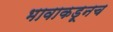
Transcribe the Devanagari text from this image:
भावाकडूनच